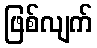
ဖြစ်လျက်